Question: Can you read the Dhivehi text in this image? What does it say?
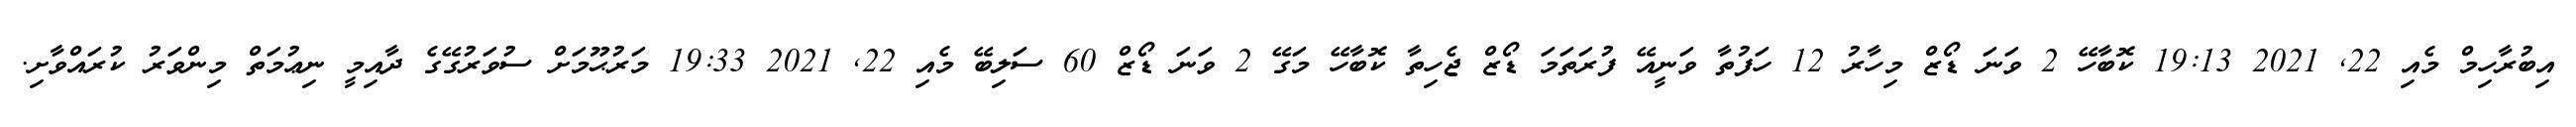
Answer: އިބުރާހިމް މެއި 22, 2021 19:13 ކޮބާހޭ 2 ވަނަ ޑޯޒް މިހާރު 12 ހަފުތާ ވަނީއޭ ފުރަތަމަ ޑޯޒް ޖެހިތާ ކޮބާހޭ މަގޭ 2 ވަނަ ޑޯޒް 60 ސަލިބޭ މެއި 22, 2021 19:33 މަރުޙޫމަށް ސުވަރުގޭގެ ދާއިމީ ނިޢުމަތް މިންވަރު ކުރައްވާށި.